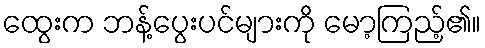
ထွေးက ဘန့်ပွေးပင်များကို မော့ကြည့်၏။